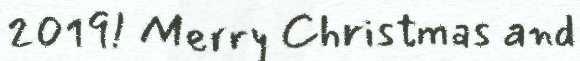
2019! Merry Christmas and